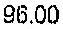
96.00